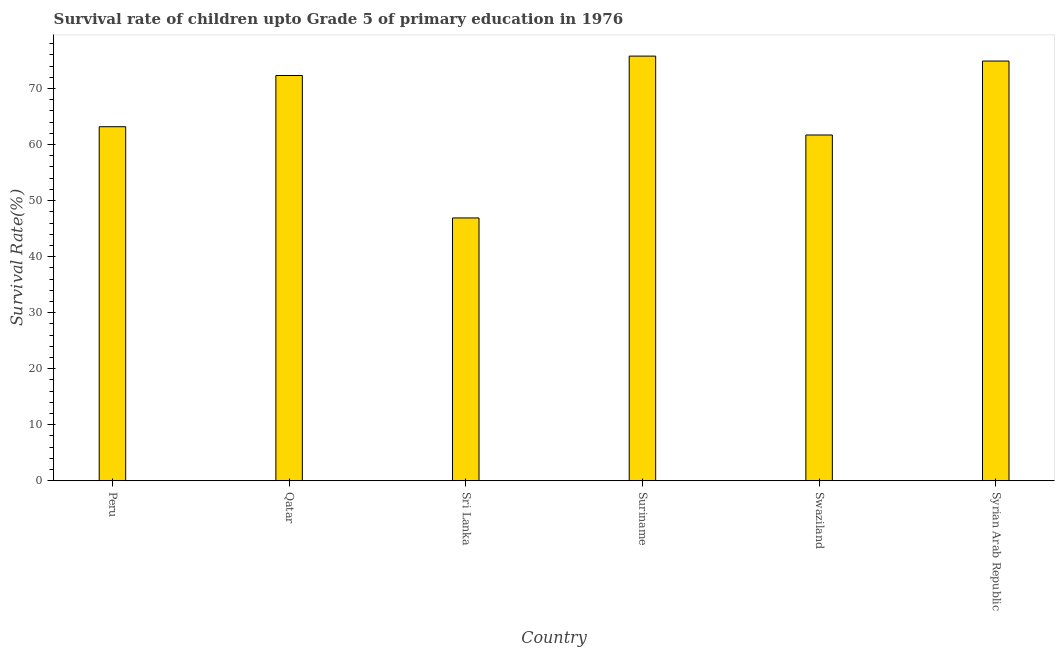
| Country | Survival rate |
 | --- | --- |
 | Peru | 63.2 |
 | Qatar | 72.3 |
 | Sri Lanka | 46.9 |
 | Suriname | 75.8 |
 | Swaziland | 61.7 |
 | Syrian Arab Republic | 74.9 |